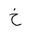
Letter: _kha